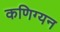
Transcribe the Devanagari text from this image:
कणिग्यन